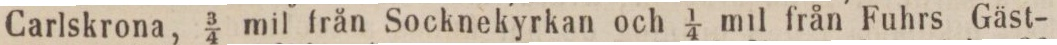
Carlskrona, 3/4 mil från Socknekyrkan och 1/4 mil från Fuhrs Gäst-